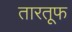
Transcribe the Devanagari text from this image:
तारतूफ